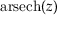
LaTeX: \operatorname { a r s e c h } ( z )